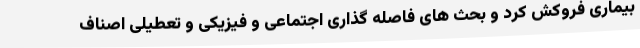
بیماری فروکش کرد و بحث های فاصله گذاری اجتماعی و فیزیکی و تعطیلی اصناف